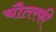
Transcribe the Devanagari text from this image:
चौतरफी